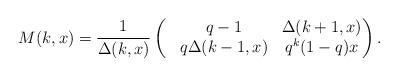
LaTeX: \begin{align*} M(k,x)=\dfrac{1}{\Delta(k,x)}\left(\begin{matrix}& q-1 &\Delta(k+1,x)\\& q\Delta(k-1,x) &q^{k}(1-q)x\end{matrix} \right).\end{align*}